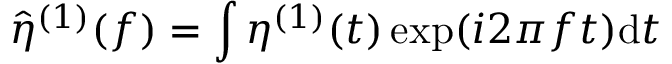
\hat { \eta } ^ { ( 1 ) } ( f ) = \int \eta ^ { ( 1 ) } ( t ) \exp ( i 2 \pi f t ) \mathrm { d } t